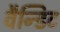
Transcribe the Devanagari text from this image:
वैन्डिट